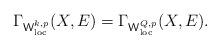
LaTeX: \begin{align*}\Gamma_{\mathsf{W}^{k,p}_{\mathrm{loc}}}(X,E)=\Gamma_{\mathsf{W}^{Q,p}_{\mathrm{loc}}}(X,E).\end{align*}